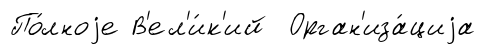
По́лноjе В'ел'и́к'ий Орган'иза́циjа